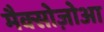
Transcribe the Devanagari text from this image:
मैक्सोज़ोआ